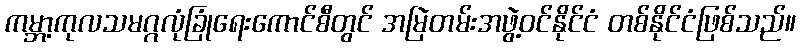
ကမ္ဘာ့ကုလသမဂ္ဂလုံခြုံရေးကောင်စီတွင် အမြဲတမ်းအဖွဲ့ဝင်နိုင်ငံ တစ်နိုင်ငံဖြစ်သည်။